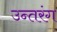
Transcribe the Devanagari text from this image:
उन्तरंग